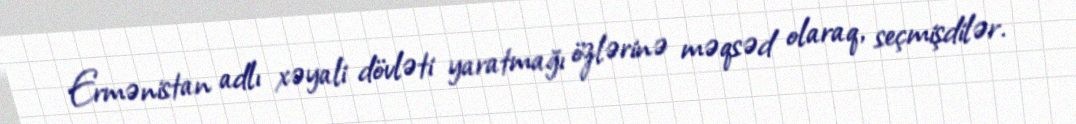
Ermənistan adlı xəyali dövləti yaratmağı özlərinə məqsəd olaraq, seçmişdilər.